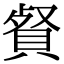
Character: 䝳